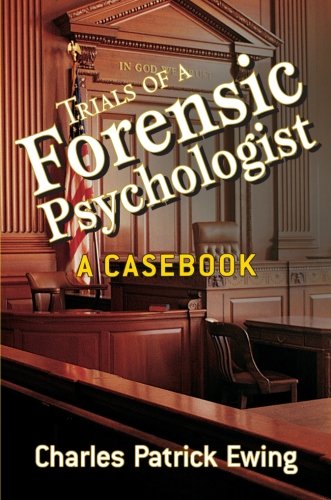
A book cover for Trials of a Forensic Psychologist: A Casebook; Charles Patrick Ewing; Medical Books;